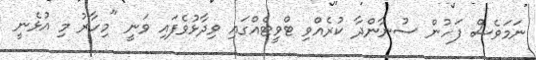
ނަމަވެސް ފަހުން ސުނާންދާ ކުރެއްވި ޓްވީޓެއްގައި ވިދާޅުވެފައި ވަނީ "މިހާރު މި އުޅެނީ